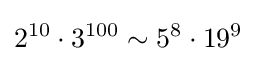
2^{10}\cdot 3^{100}\sim 5^{8}\cdot 19^{9}